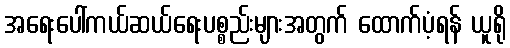
အရေးပေါ်ကယ်ဆယ်ရေးပစ္စည်းများအတွက် ထောက်ပံ့ရန် ယူရို